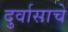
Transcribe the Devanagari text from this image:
दुर्वासाचे